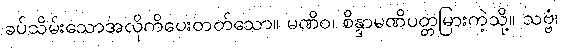
ခပ်သိမ်းသောအလိုကိပေးတတ်သော။ မဏိဝ၊ စိန္ဒာမဏိပတ္တမြားကဲ့သို့။ သဗ္ဗံ၊